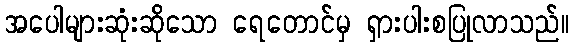
အပေါများဆုံးဆိုသော ရေတောင်မှ ရှားပါးစပြုလာသည်။